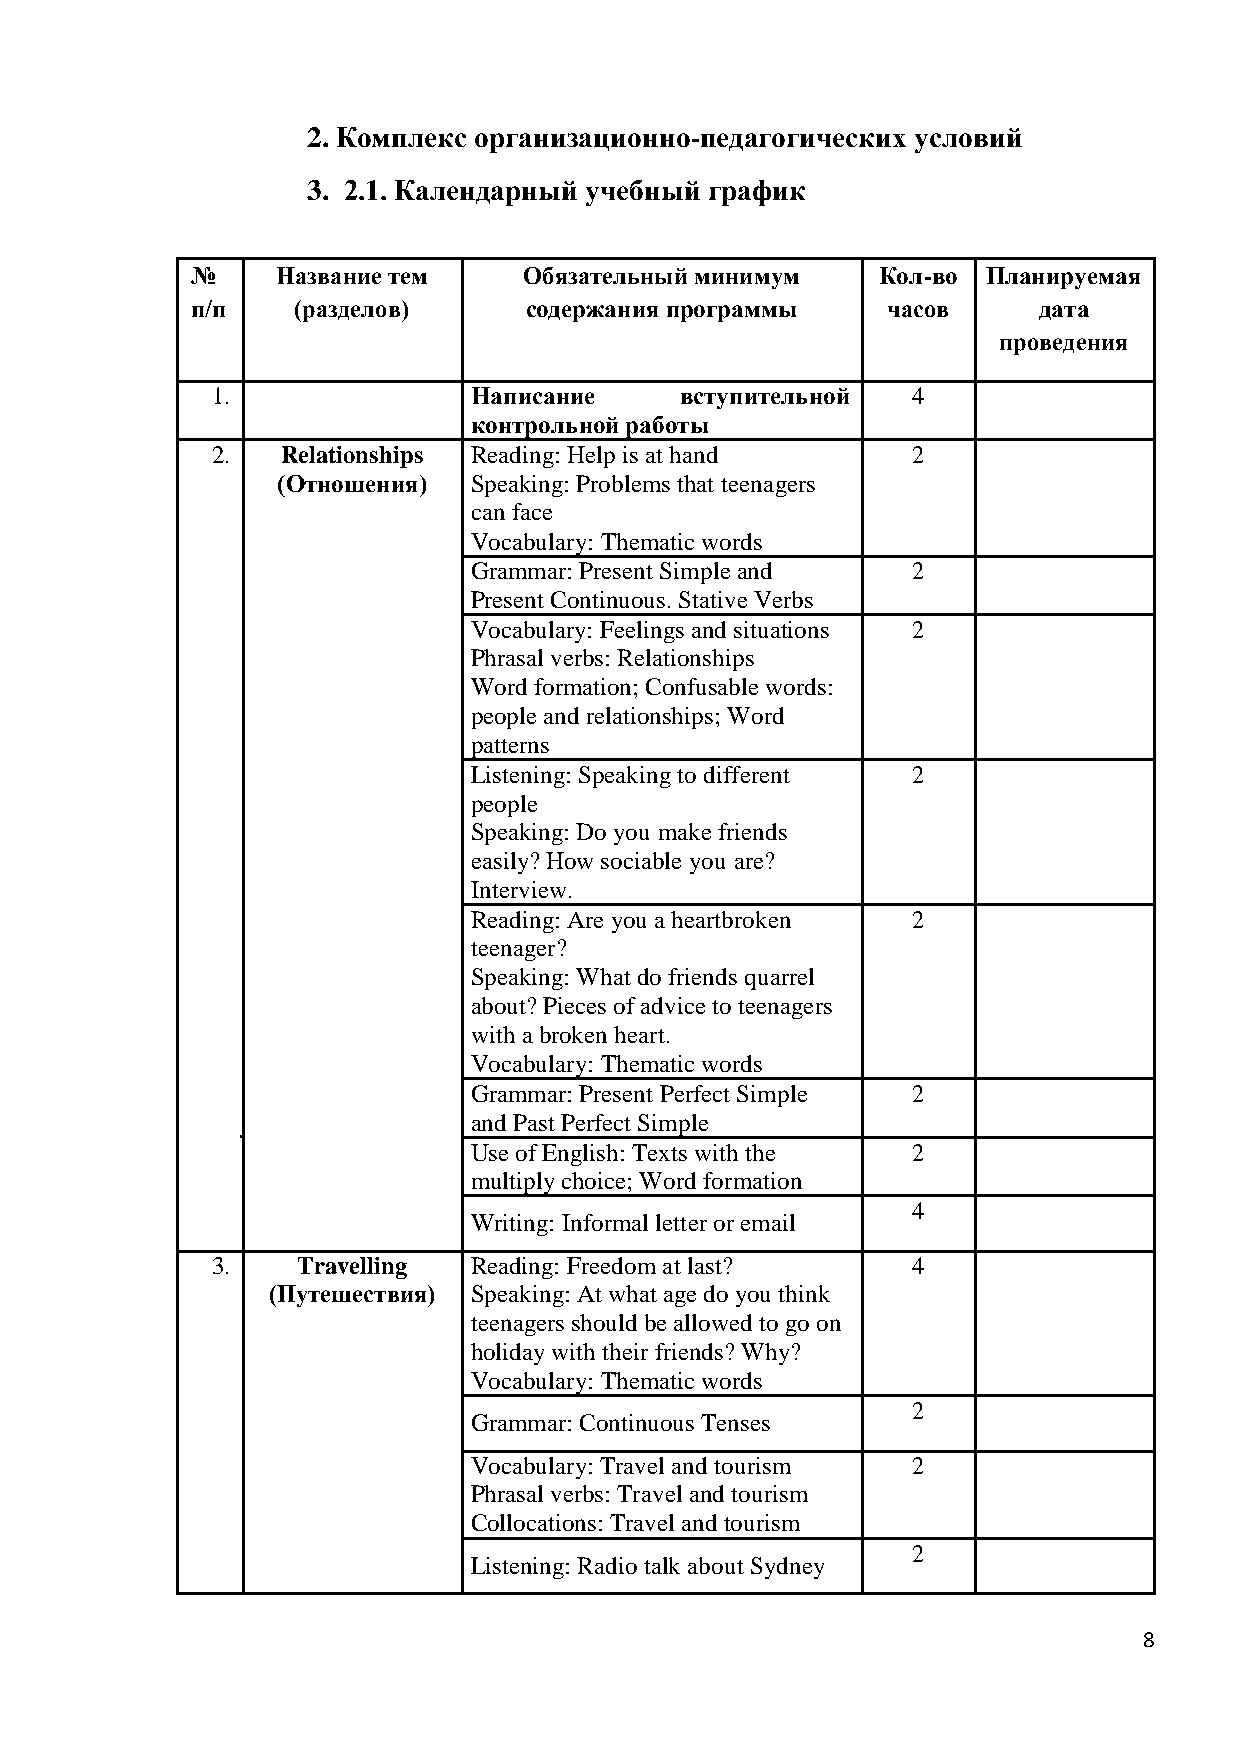
2. Комплекс организационно-педагогических условий
 3. 2.1. Календарный учебный график
 №    Название тем     Обязательный минимум   Кол-во Планируемая
 п/п   (разделов)      содержания программы    часов     дата
 проведения
 1.               Написание     вступительной  4
 контрольной работы
 2.   Relationships Reading: Help is at hand   2
 (Отношения)  Speaking: Problems that teenagers
 can face
 Vocabulary: Thematic words
 Grammar: Present Simple and  2
 Present Continuous. Stative Verbs
 Vocabulary: Feelings and situations 2
 Phrasal verbs: Relationships
 Word formation; Confusable words:
 people and relationships; Word
 patterns
 Listening: Speaking to different 2
 people
 Speaking: Do you make friends
 easily? How sociable you are?
 Interview.
 Reading: Are you a heartbroken 2
 teenager?
 Speaking: What do friends quarrel
 about? Pieces of advice to teenagers
 with a broken heart.
 Vocabulary: Thematic words
 Grammar: Present Perfect Simple 2
 and Past Perfect Simple
 Use of English: Texts with the 2
 multiply choice; Word formation
 4
 Writing: Informal letter or email
 3.    Travelling Reading: Freedom at last?    4
 (Путешествия) Speaking: At what age do you think
 teenagers should be allowed to go on
 holiday with their friends? Why?
 Vocabulary: Thematic words
 2
 Grammar: Continuous Tenses
 Vocabulary: Travel and tourism 2
 Phrasal verbs: Travel and tourism
 Collocations: Travel and tourism
 2
 Listening: Radio talk about Sydney
 8